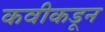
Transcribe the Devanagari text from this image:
कवीकडून